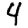
Digit: 4